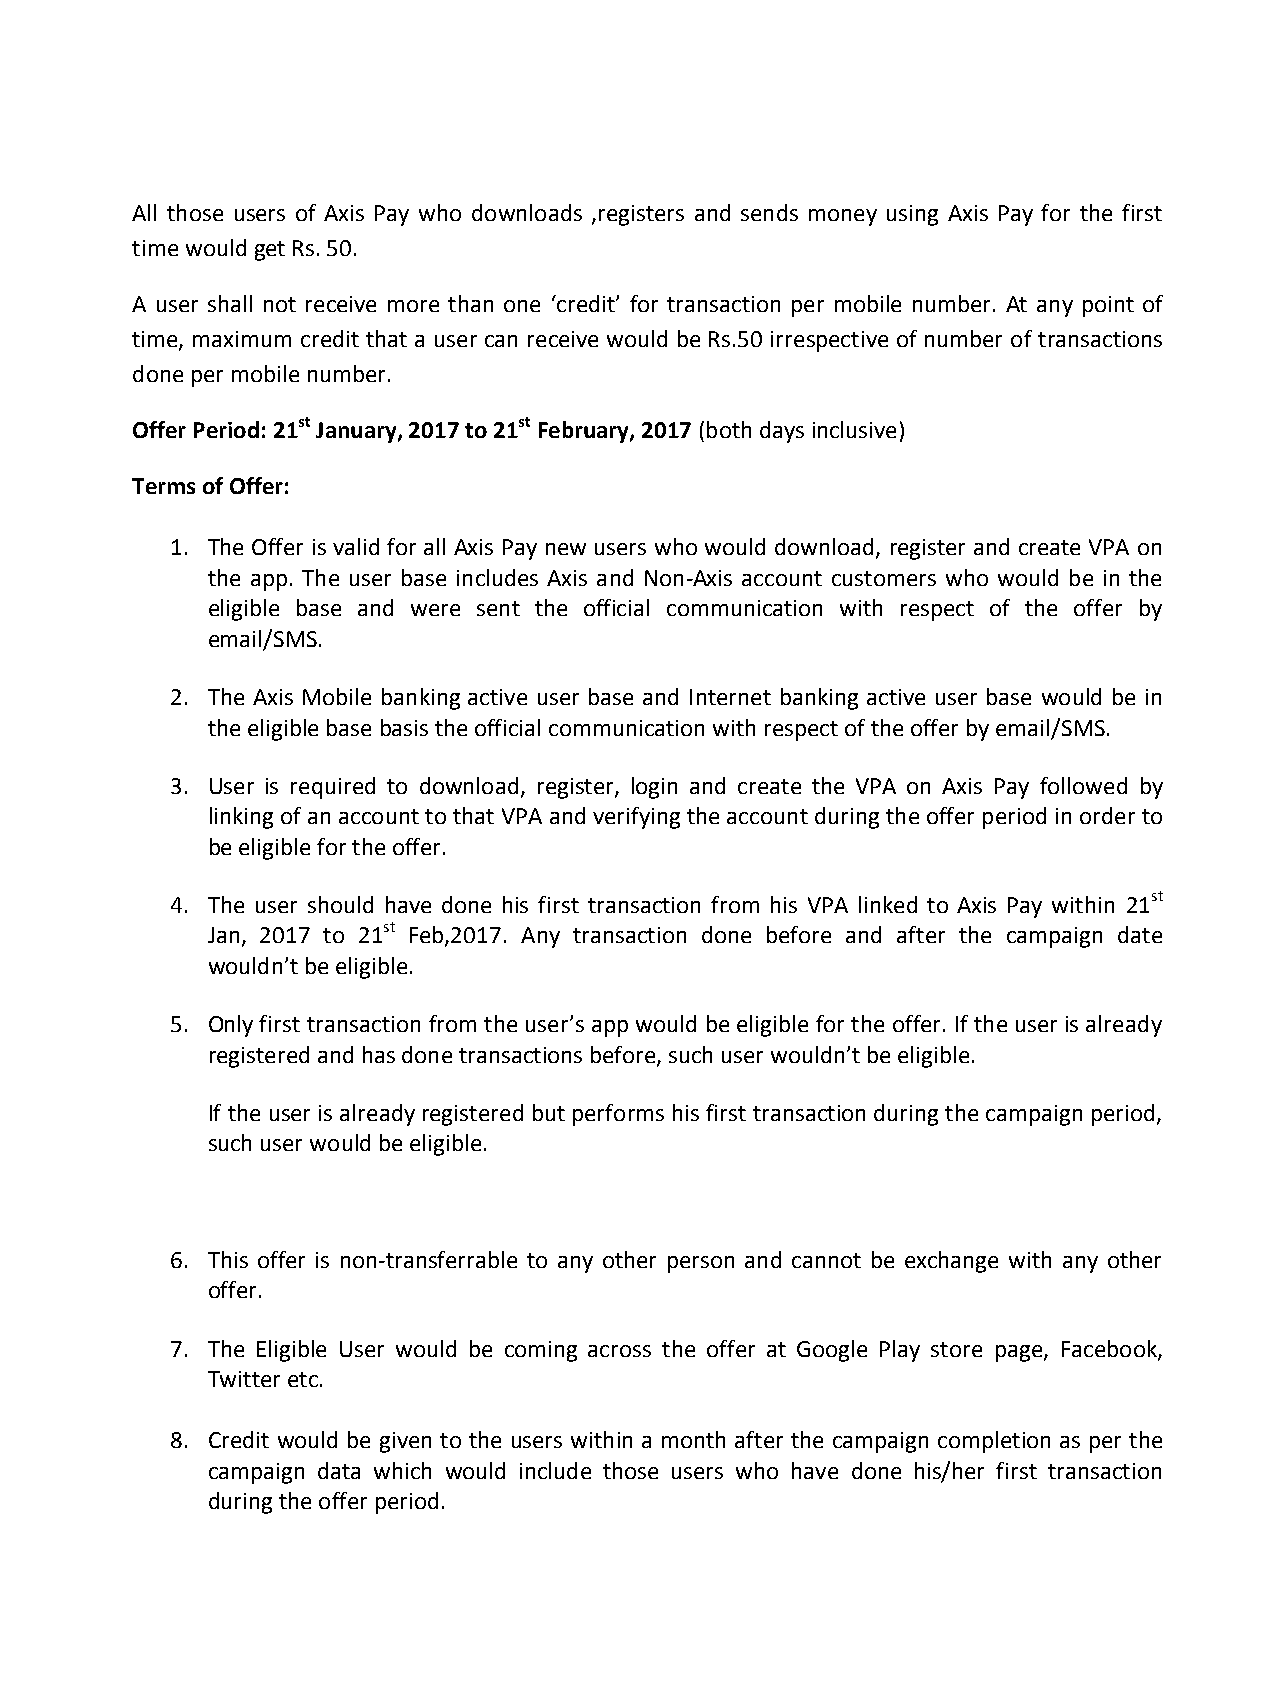
All those users of Axis Pay who downloads ,registers and sends money using Axis Pay for the first
 time would get Rs. 50.
 A user shall not receive more than one ‘credit’ for transaction per mobile number. At any point of
 time, maximum credit that a user can receive would be Rs.50 irrespective of number of transactions
 done per mobile number.
 Offer Period: 21st January, 2017 to 21st February, 2017 (both days inclusive)
 Terms of Offer:
 1. The Offer is valid for all Axis Pay new users who would download, register and create VPA on
 the app. The user base includes Axis and Non-Axis account customers who would be in the
 eligible base and were sent the official communication with respect of the offer by
 email/SMS.
 2. The Axis Mobile banking active user base and Internet banking active user base would be in
 the eligible base basis the official communication with respect of the offer by email/SMS.
 3. User is required to download, register, login and create the VPA on Axis Pay followed by
 linking of an account to that VPA and verifying the account during the offer period in order to
 be eligible for the offer.
 4. The user should have done his first transaction from his VPA linked to Axis Pay within 21st
 Jan, 2017 to 21st Feb,2017. Any transaction done before and after the campaign date
 wouldn’t be eligible.
 5. Only first transaction from the user’s app would be eligible for the offer. If the user is already
 registered and has done transactions before, such user wouldn’t be eligible.
 If the user is already registered but performs his first transaction during the campaign period,
 such user would be eligible.
 6. This offer is non-transferrable to any other person and cannot be exchange with any other
 offer.
 7. The Eligible User would be coming across the offer at Google Play store page, Facebook,
 Twitter etc.
 8. Credit would be given to the users within a month after the campaign completion as per the
 campaign data which would include those users who have done his/her first transaction
 during the offer period.